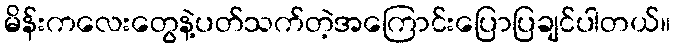
မိန်းကလေးတွေနဲ့ပတ်သက်တဲ့အကြောင်းပြောပြချင်ပါတယ်။